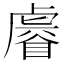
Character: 𧇩